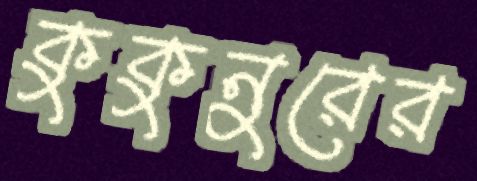
কুকুনুরের